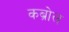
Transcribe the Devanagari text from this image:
कब्रोल